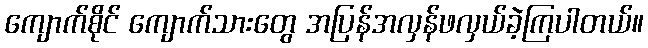
ကျောက်စိုင် ကျောက်သားတွေ အပြန်အလှန်ဖလှယ်ခဲ့ကြပါတယ်။